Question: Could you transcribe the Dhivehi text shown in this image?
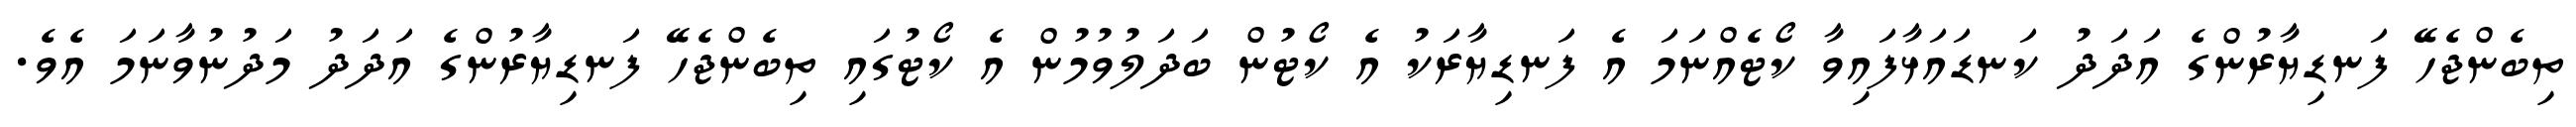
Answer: ތިބެންޖެހޭ ފަނޑިޔާރުންގެ އަދަދު ކަނޑައަޅާފައިވާ ކޯޓެއްނަމަ އެ ފަނޑިޔާރަކު އެ ކޯޓުން ބަދަލުވުމުން އެ ކޯޓުގައި ތިބެންޖެހޭ ފަނޑިޔާރުންގެ އަދަދު މަދުނުވާނަމަ އެވެ.